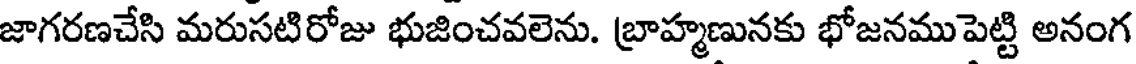
జాగరణచేసి మరుసటిరోజు భుజించవలెను. బ్రాహ్మణునకు భోజనముపెట్టి అనంగ